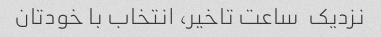
نزدیک  ساعت تاخیر، انتخاب با خودتان